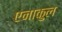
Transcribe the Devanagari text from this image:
एनाकुल